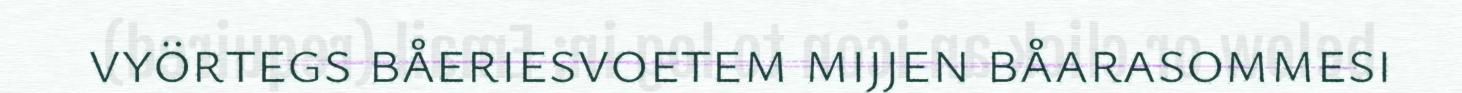
vyörtegs båeriesvoetem mijjen båarasommesi